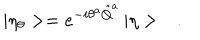
| \eta _ { \theta } > = e ^ { - i \theta ^ { a } \hat { Q } ^ { a } } \, | \eta > \ \ \ .